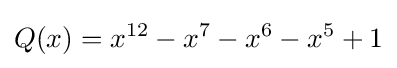
Q(x)=x^{12}-x^{7}-x^{6}-x^{5}+1